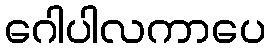
ဂေါပါလကာပေ